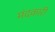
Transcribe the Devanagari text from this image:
मंदकारी